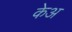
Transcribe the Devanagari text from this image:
केअ